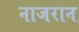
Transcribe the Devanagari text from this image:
नाजरान